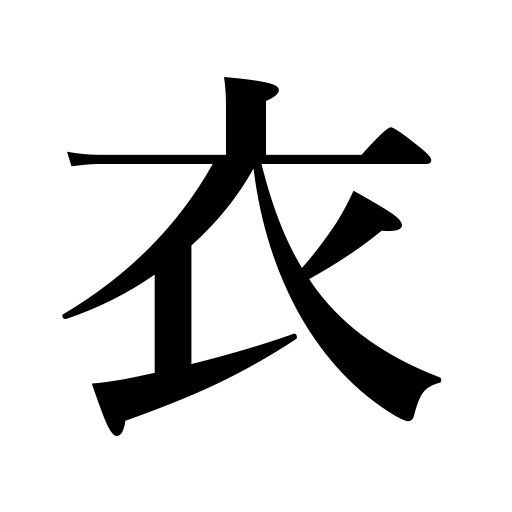
Meanings: frosting,coating,robe,garment,dressing,clothes